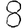
Digit: 8